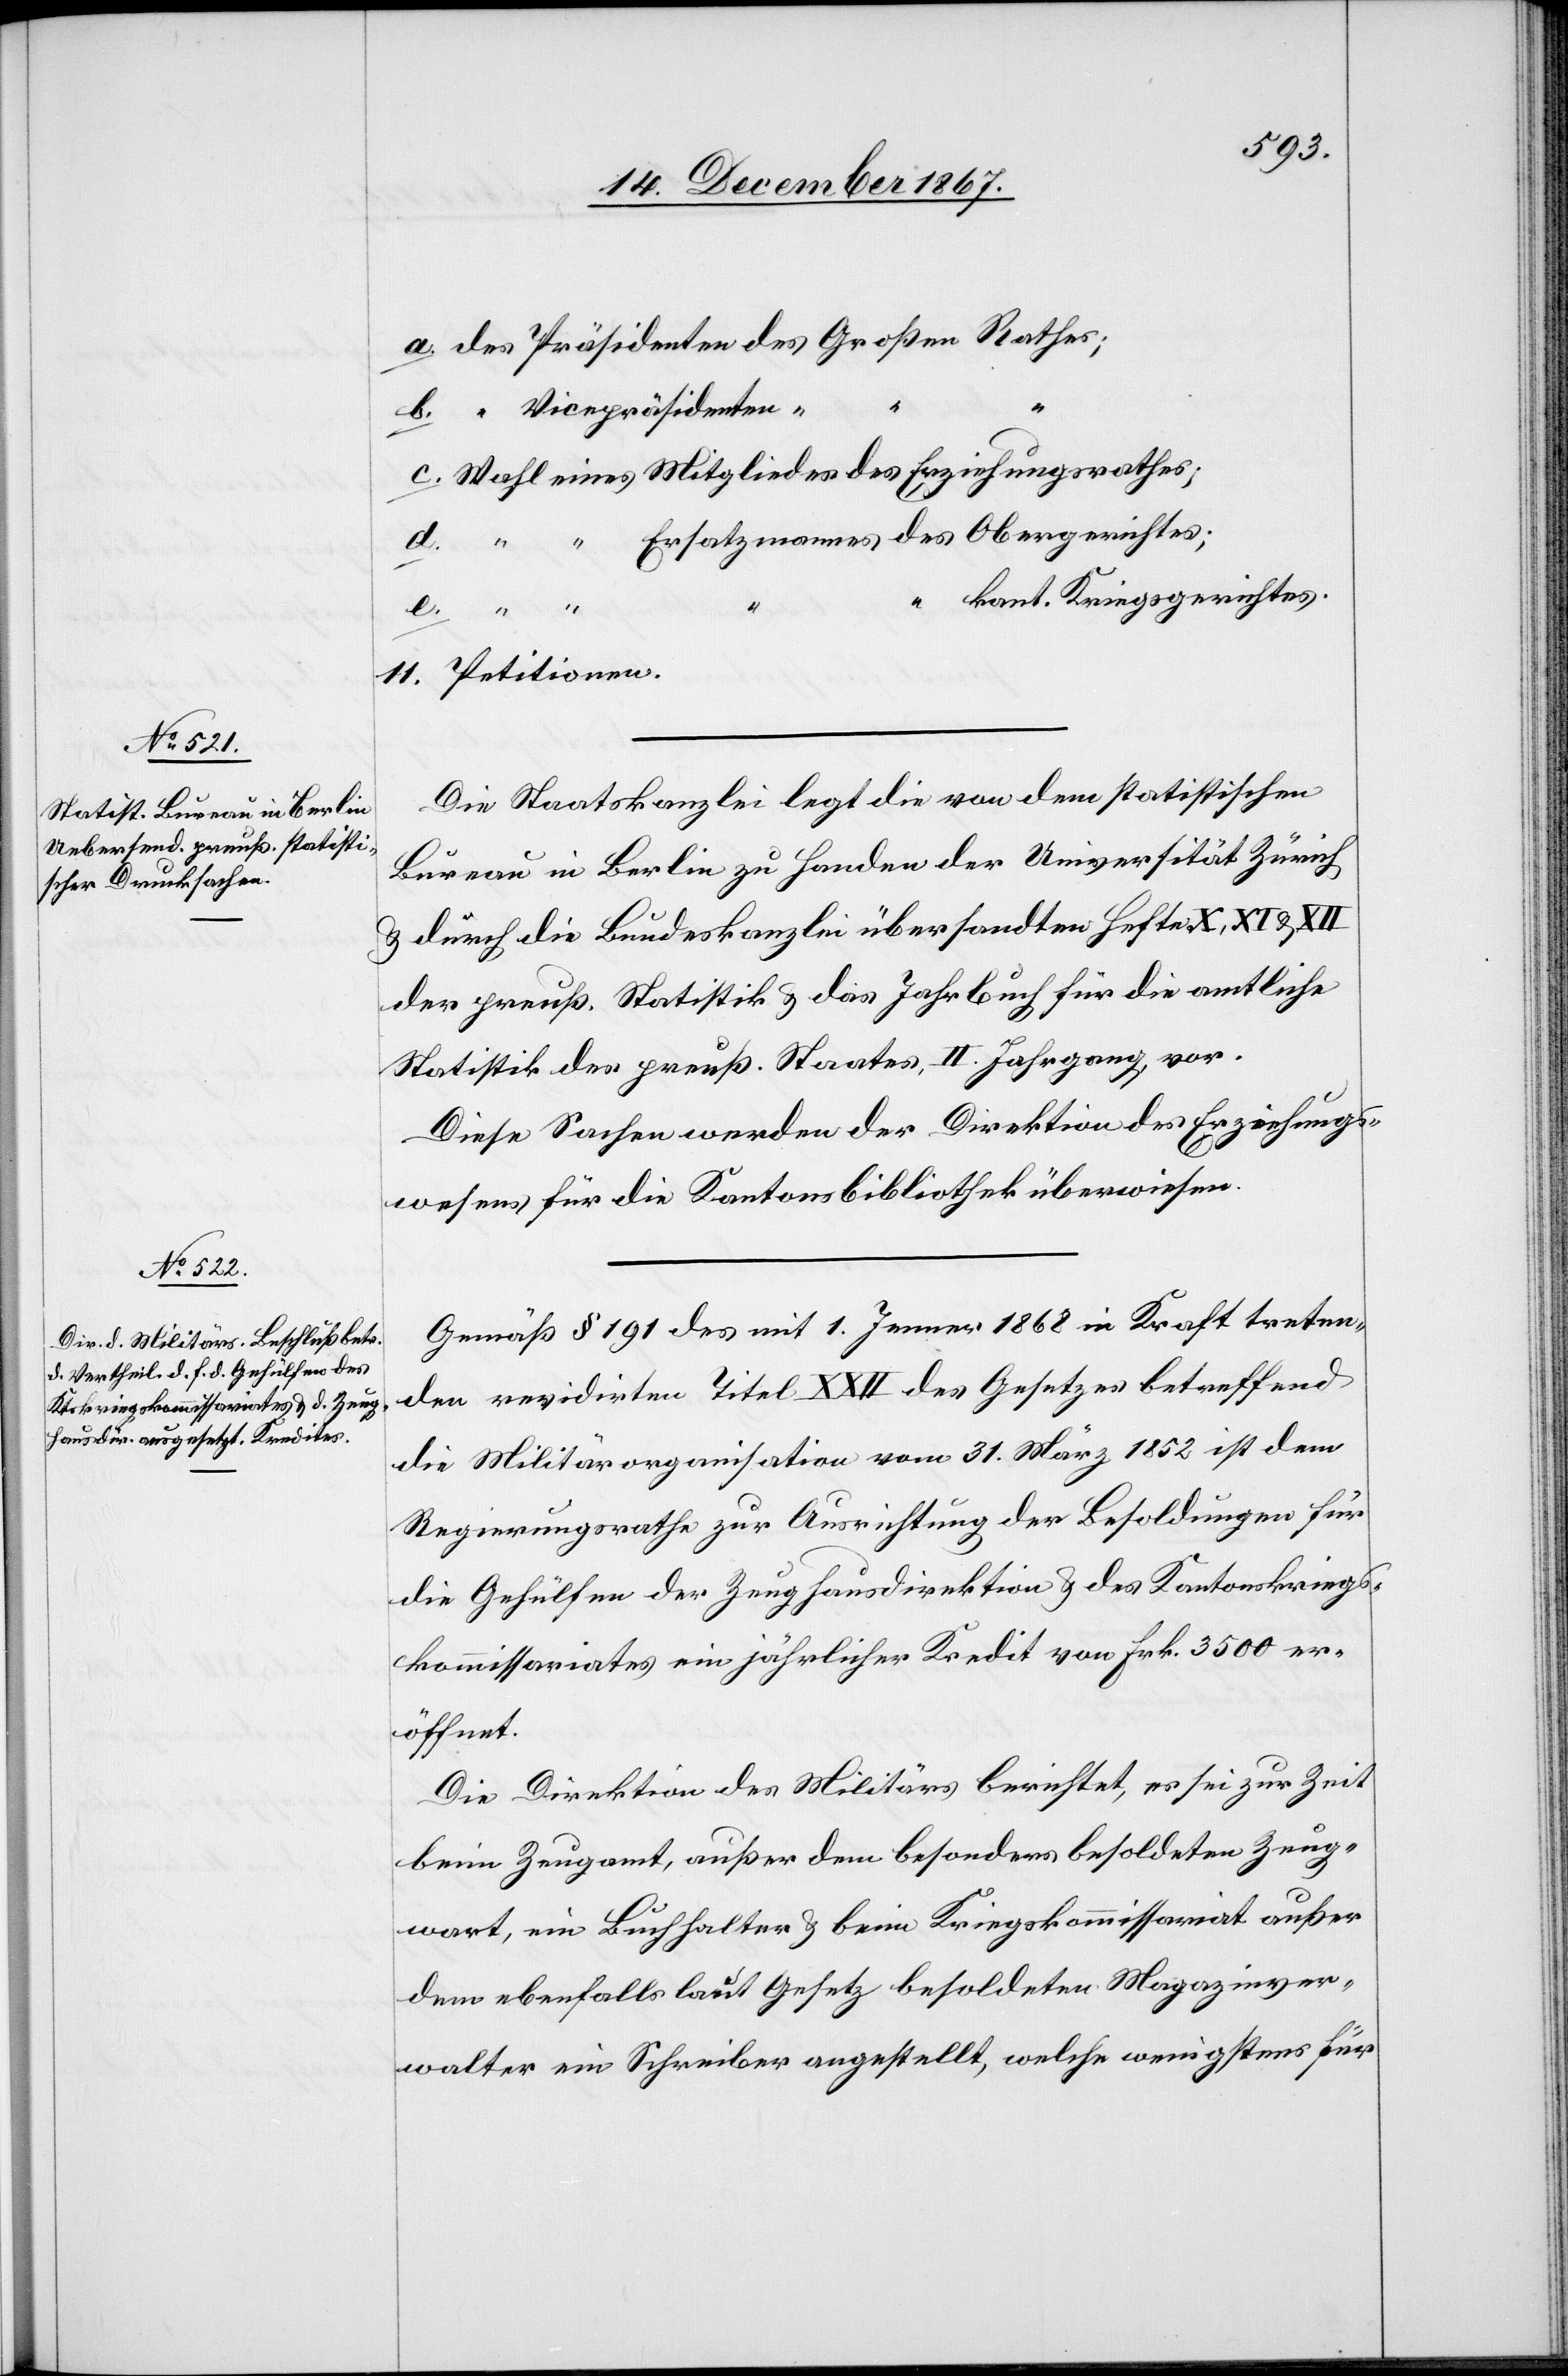
a. des Präsidenten des Großen Rathes;
b. “ Vicepräsidenten
c. Wahl eines Mitgliedes der Erziehungsrathes;
d. “ “ Ersatzmannes des Obergerichtes;
“ kant. Kriegsgerichtes.
11. Petitionen.
Die Staatskanzlei legt die von dem statistischen
Bureau in Berlin zu Handen der Universität Zürich
u. durch die Bundeskanzlei übersandten Hefte X, XI u.
der preuß. Statistik u. das Jahrbuch für die amtliche
Statistik des preuß. Staate, II. Jahrgang vor.
Diese Sachen werden der Direktion des Erziehungs¬
wesens für die Kantonsbibliothek überwiesen.
Gemäß § 191 des mit 1. Jenner 1868 in Kraft treten¬
den revidirten Titel XXII des Gesetzes betreffend
die Militärorganisation vom 31. März 1852 ist dem
Regierungsrathe zur Ausrichtung der Besoldungen für
die Gehülfen der Zeughausdirektion u. des Kantonskriegs¬
kommissariates ein jährlicher Kredit von Frk. 3500 er¬
öffnet.
Die Direktion des Militärs berichtet, es sei zur Zeit
beim Zeugamt, außer dem besonders besoldeten Zeug¬
wart, ein Buchhalter u. beim Kriegskommissariat außer
dem ebenfalls laut Gesetz besoldeten Magazinver¬
walter ein Schreiber angestellt, welche wenigstens für